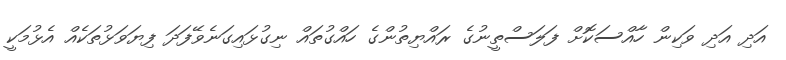
އަދި އަދި ވަކިން ހާއްސަކޮށް ފަލަސްތީނުގެ ރައްޔިތުންގެ ހައްގުތައް ނިގުޅައިގަނެވޭފަދަ ފިޔަވަޅުތަކެއް އެޅުމަކީ